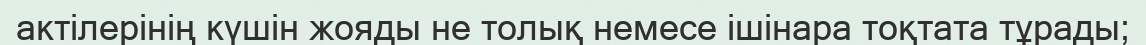
актілерінің күшін жояды не толық немесе ішінара тоқтата тұрады;